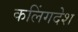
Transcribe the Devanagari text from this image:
कलिंगदेश